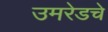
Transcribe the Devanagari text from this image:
उमरेडचे